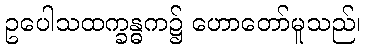
ဥပေါသထက္ခန္ဓက၌ ဟောတော်မူသည်၊